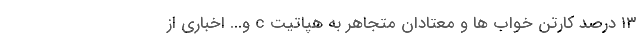
۱۳ درصد کارتن خواب ها و معتادان متجاهر به هپاتیت c و... اخباری از